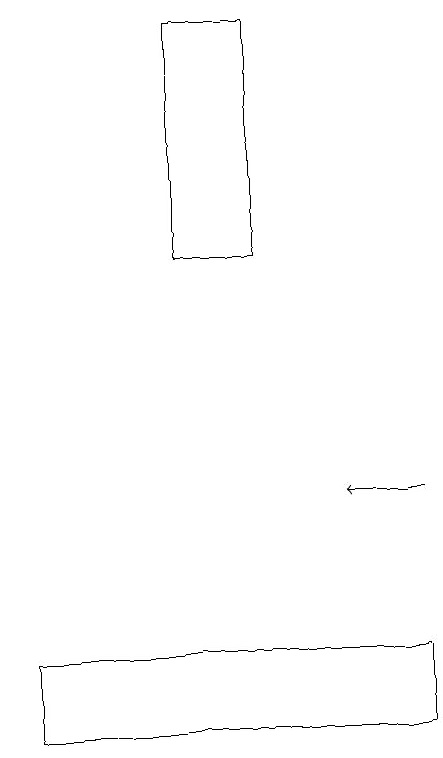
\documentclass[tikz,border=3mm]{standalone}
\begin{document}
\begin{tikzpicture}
\draw (0,10) rectangle (5,11);
\draw (2,19) rectangle (3,16);
\draw[->] (5,13) -- (4,13);
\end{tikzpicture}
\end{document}